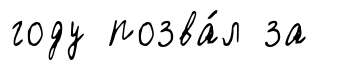
году позва́л за